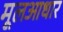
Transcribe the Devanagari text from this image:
मूलआधार